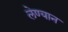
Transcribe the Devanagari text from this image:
लेण्यान